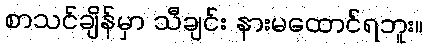
စာသင်ချိန်မှာ သီချင်း နားမထောင်ရဘူး။